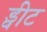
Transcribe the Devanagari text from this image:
ड्वीट